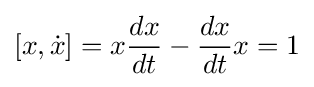
[x,{\dot {x}}]=x{\frac {dx}{dt}}-{\frac {dx}{dt}}x=1